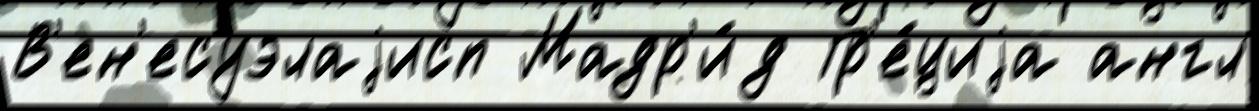
В'ен'есуэлаjисп Мадр'и́д Гр'е́циjа англ